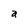
Character: a